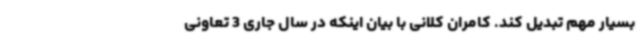
بسیار مهم تبدیل کند. کامران کلانی با بیان اینکه در سال جاری 3 تعاونی